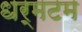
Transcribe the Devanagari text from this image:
धर्मटम